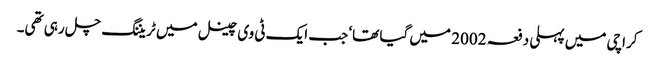
کراچی میں پہلی دفعہ 2002 میں گیا تھا‘ جب ایک ٹی وی چینل میں ٹریننگ چل رہی تھی۔